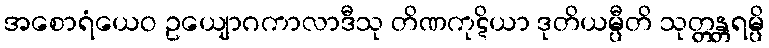
အစောရံယေဝ ဥယျောဂကာလာဒီသု တိဏကုဋိယာ ဒုတိယမ္ပီတိ သုတ္တန္တရမ္ပိ